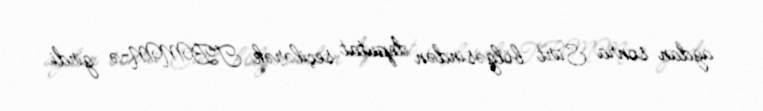
aydan sonra Siirt bölgəsindən deputat seçilərək TBMM-ə girdi.